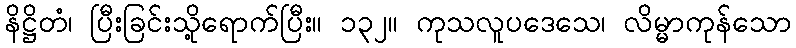
နိဋ္ဌိတံ၊ ပြီးခြင်းသို့ရောက်ပြီး။ ၁၃၂။ ကုသလူပဒေသေ၊ လိမ္မာကုန်သော